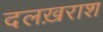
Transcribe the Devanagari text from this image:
दलख़राश